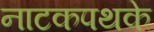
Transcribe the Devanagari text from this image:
नाटकपथके